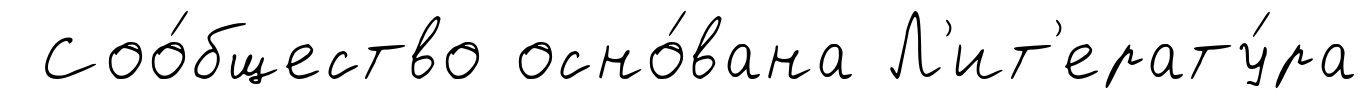
Соо́бщество осно́вана Л'ит'ерату́ра